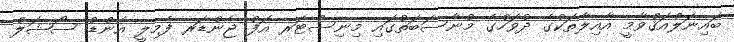
ބައިނަލްއަޤްވާމީ އާއިލާތަކުގެ ދުވަހުގެ މުނާސަބަތުގައި މިނިސްޓަރ އޮފް ޖެންޑަރ ފެމިލީ އެންޑް ސޯޝަލް